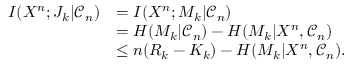
\begin{array} { r l } { I ( X ^ { n } ; J _ { k } | \mathcal { C } _ { n } ) } & { = I ( X ^ { n } ; M _ { k } | \mathcal { C } _ { n } ) } \\ & { = H ( M _ { k } | \mathcal { C } _ { n } ) - H ( M _ { k } | X ^ { n } , \mathcal { C } _ { n } ) } \\ & { \le n ( R _ { k } - K _ { k } ) - H ( M _ { k } | X ^ { n } , \mathcal { C } _ { n } ) . } \end{array}